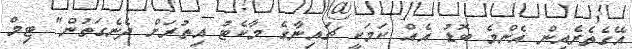
އޭގެތެރެއިން އެންމެ ބޮޑު އެއް ކަމަކީ ޗައިނާގެ މާކެޓު އިތުރަށް ދެނެގަތުން" ޓިމް